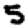
Digit: 5